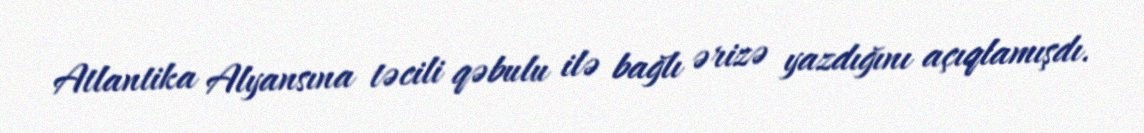
Atlantika Alyansına təcili qəbulu ilə bağlı ərizə yazdığını açıqlamışdı.